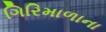
ગિરિમાળાના